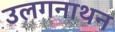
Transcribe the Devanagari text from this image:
उलगनाथन